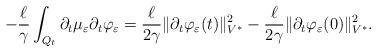
LaTeX: \begin{align*} - \frac{\ell}{\gamma} \int_{Q_t} \partial_t \mu_{\varepsilon} \partial_t \varphi_{\varepsilon} = \frac{\ell}{2\gamma} \| \partial_t \varphi_{\varepsilon} (t) \|^2_{V^*} - \frac{\ell}{2\gamma} \| \partial_t \varphi_{\varepsilon}(0) \|^2_{V^*} .\end{align*}